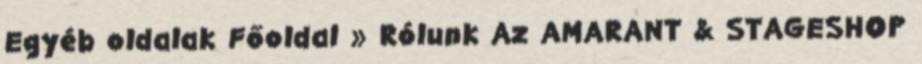
Egyéb oldalak Főoldal » Rólunk Az AMARANT & STAGESHOP